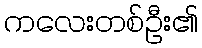
ကလေးတစ်ဦး၏